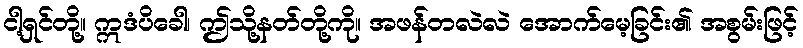
ငါ့ရှင်တို့။ ဣဒံပိခေါ၊ ဤသို့နတ်တို့ကို။ အဖန်တလဲလဲ အောက်မေ့ခြင်း၏ အစွမ်းဖြင့်